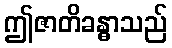
ဤဇာတိခန္ဓာသည်